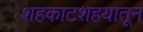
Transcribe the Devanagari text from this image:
शहकाटशहयातून